Calcutta medical institutions reports 1879-81 [i.e.91]
Year: 1879
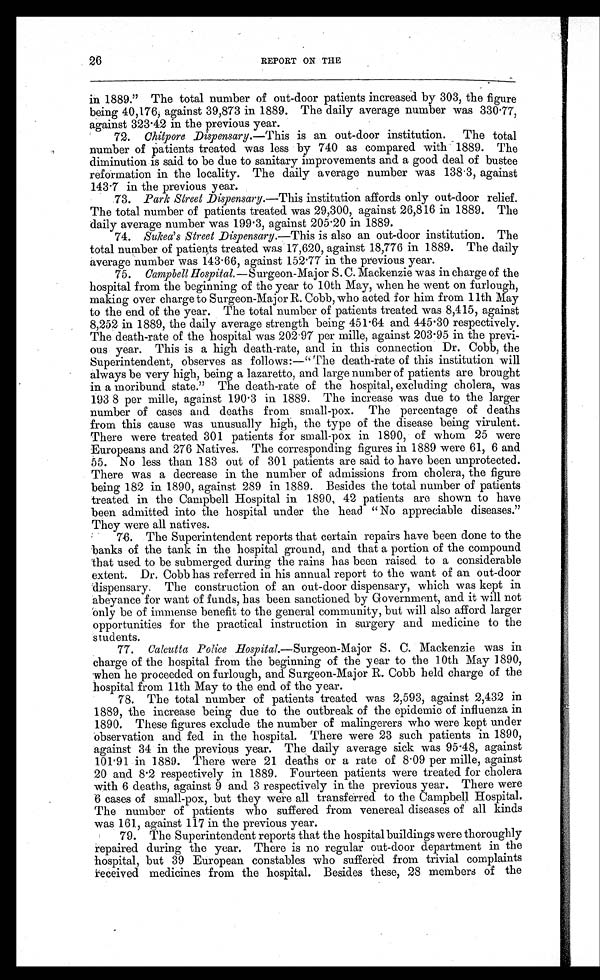
26
REPORT ON THE
in 1889." The total number of out-door patients increased by 303, the figure
being 40,176, against 39,873 in 1889. The daily average number was 330.77,
against 323.42 in the previous year.
72.
Chitpore Dispensary. —This is an out-door institution. The total
number of patients treated was less by 740 as compared with 1889. The
diminution is said to be due to sanitary improvements and a good deal of bustee
reformation in the locality. The daily average number was 138.3, against
143.7 in the previous year.
73.
Park Street Dispensary.—This institution affords only out-door relief.
The total number of patients treated was 29,300, against 26,816 in 1889. The
daily average number was 199.3, against 205.20 in 1889.
74.
Sukea's Street Dispensary. —This is also an out-door institution. The
total number of patients treated was 17,620, against 18,776 in 1889. The daily
average number was 143.66, against 152.77 in the previous year.
75.
Campbell Hospital. —Surgeon-Major S. C. Mackenzie was in charge of the
hospital from the beginning of the year to 10th May, when he went on furlough,
making over charge to Surgeon-Major R. Cobb, who acted for him from 11th May
to the end of the year. The total number of patients treated was 8,415, against
8,252 in 1889, the daily average strength being 451.64 and 445.30 respectively.
The death-rate of the hospital was 202.97 per mille, against 203.95 in the previ
-ous year. This is a high death-rate, and in this connection Dr. Cobb, the
Superintendent, observes as follows:—" The death-rate of this institution will
always be very high, being a lazaretto, and large number of patients are brought
in a moribund state." The death-rate of the hospital, excluding cholera, was
193.8 per mille, against 190.3 in 1889. The increase was due to the larger
number of cases and deaths from small-pox. The percentage of deaths
from this cause was unusually high, the type of the disease being virulent.
There were treated 301 patients for small-pox in 1890, of whom 25 were
Europeans and 276 Natives. The corresponding figures in 1889 were 61, 6 and
55. No less than 183 out of 301 patients are said to have been unprotected.
There was a decrease in the number of admissions from cholera, the figure
being 182 in 1890, against 289 in 1889. Besides the total number of patients
treated in the Campbell Hospital in 1890, 42 patients are shown to have
been admitted into the hospital under the head " No appreciable diseases."
They were all natives.
76. The Superintendent reports that certain repairs have been done to the
banks of the tank in the hospital ground, and that a portion of the compound
that used to be submerged during the rains has been raised to a considerable
extent. Dr. Cobb has referred in his annual report to the want of an out-door
dispensary. The construction of an out-door dispensary, which was kept in
abeyance for want of funds, has been sanctioned by Government, and it will not
only be of immense benefit to the general community, but will also afford larger
opportunities for the practical instruction in surgery and medicine to the
students.
77. Calcutta Police Hospital. —Surgeon-Major S. C. Mackenzie was in
charge of the hospital from the beginning of the year to the 10th May 1890,
when he proceeded on furlough, and Surgeon-Major R. Cobb held charge of the
hospital from 11th May to the end of the year.
78. The total number of patients treated was 2,593, against 2,432 in
1889, the increase being due to the outbreak of the epidemic of influenza in
1890. These figures exclude the number of malingerers who were kept under
observation and fed in the hospital. There were 23 such patients in 1890,
against 34 in the previous year. The daily average sick was 95.48, against
101.91 in 1889. There were 21 deaths or a rate of 8.09 per mille, against
20 and 8.2 respectively in 1889. Fourteen patients were treated for cholera
with 6 deaths, against 9 and 3 respectively in the previous year. There were
6 cases of small-pox, but they were all transferred to the Campbell Hospital.
The number of patients who suffered from venereal diseases of all kinds
was 161, against 117 in the previous year.
79. The Superintendent reports that the hospital buildings were thoroughly
repaired during the year. There is no regular out-door department in the
hospital, but 39 European constables who suffered from trivial complaints
received medicines from the hospital. Besides these, 28 members of the